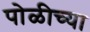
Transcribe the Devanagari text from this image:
पोळीच्या